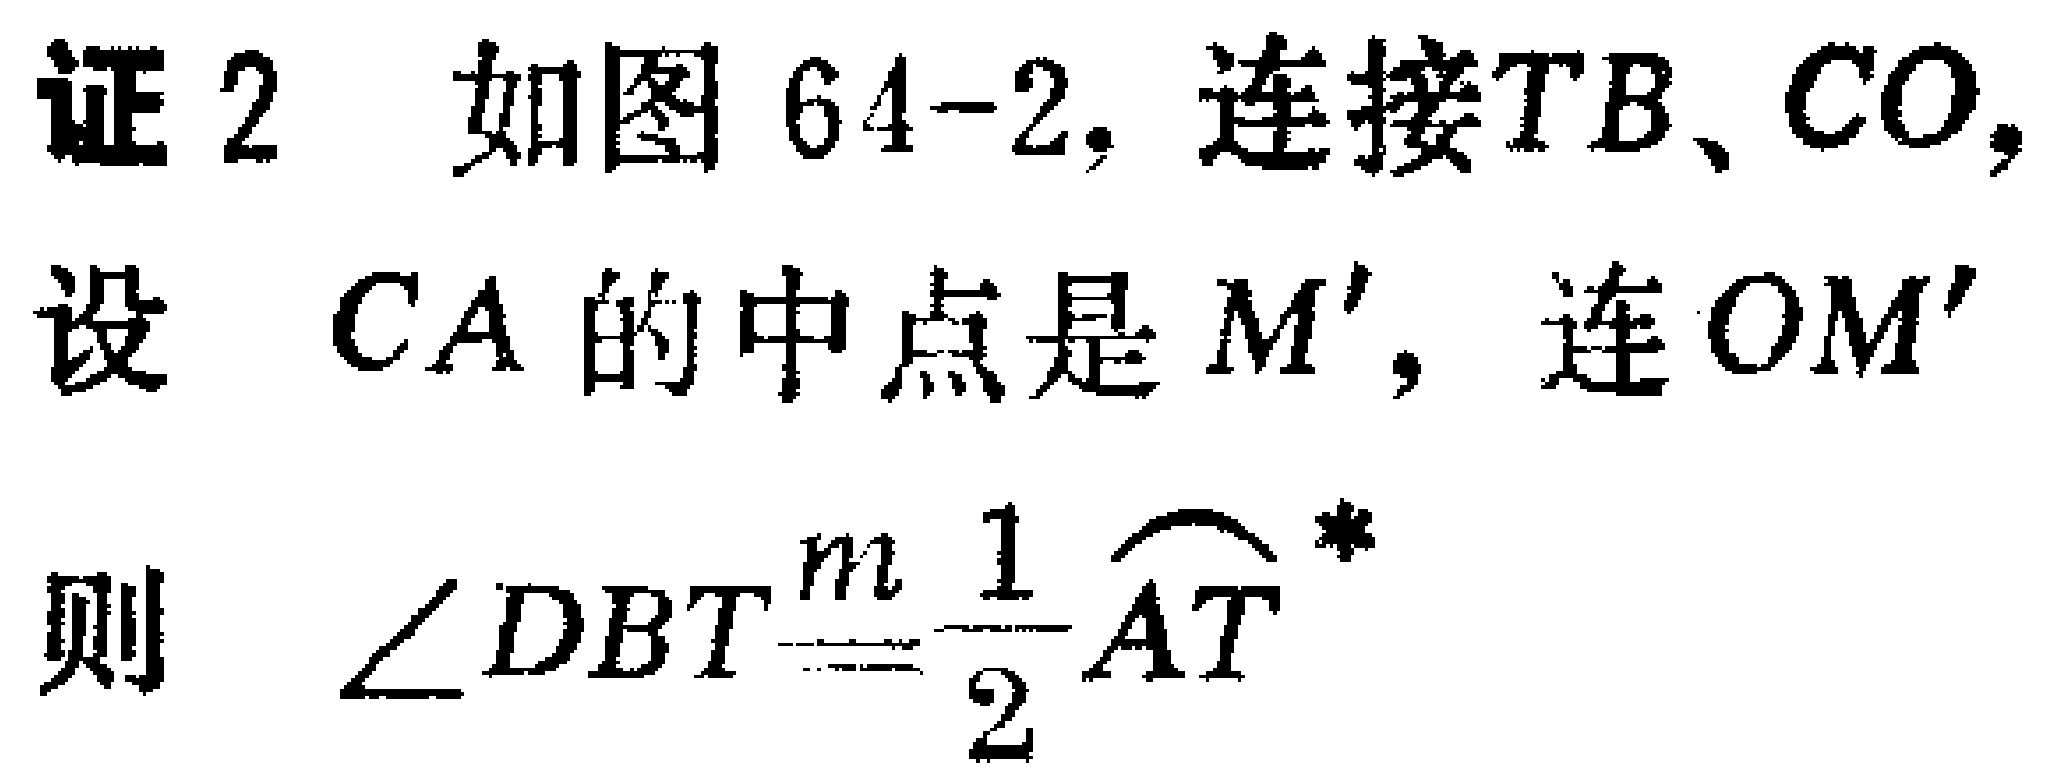
证 2 如图 64-2, 连接$TB$、$CO$,
设 $CA$的中点是$M'$, 连$OM'$
则 $\angle DBT\stackrel{m}{=}\frac{1}{2}\overset{\frown}{AT}^*$